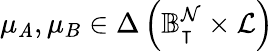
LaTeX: \mu_{\mathit{A}},\mu_{B}\in\Delta\left(\mathbb{{B}}_{\intercal}^{\mathcal{{N}}}\times\mathcal{{L}}\right)